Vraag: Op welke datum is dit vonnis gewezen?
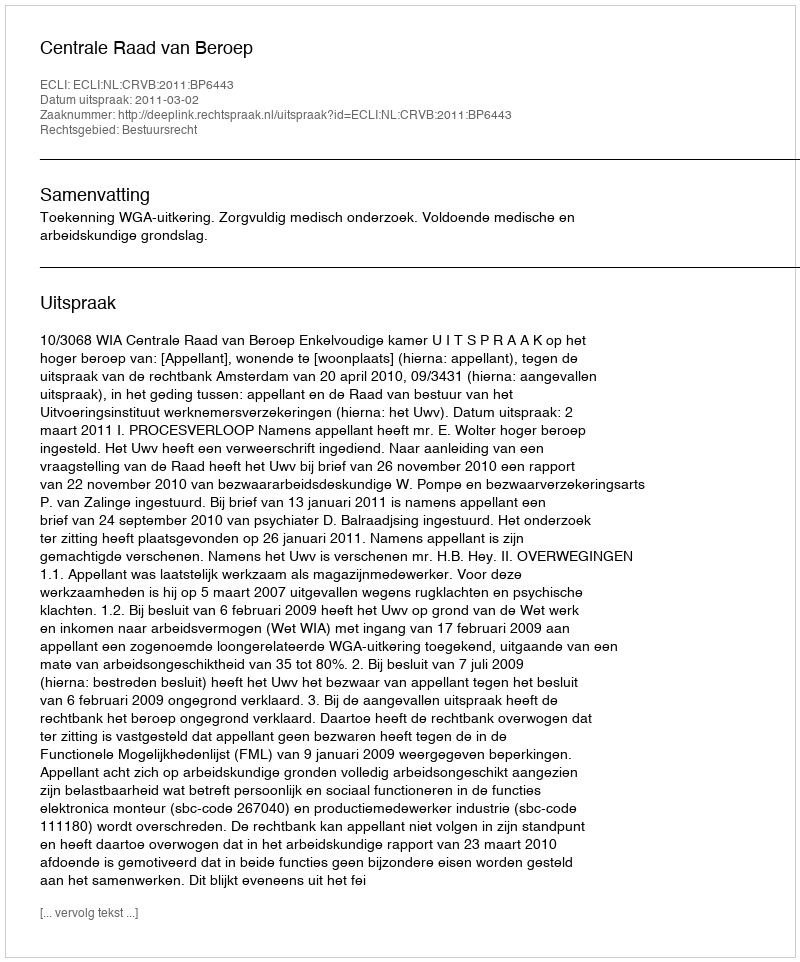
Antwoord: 2011-03-02